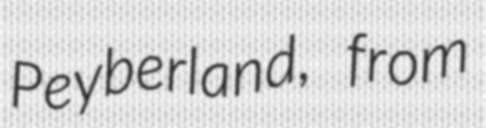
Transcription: Peyberland, from